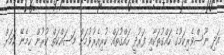
އަދި ނޫސްވެރިކަމުގެ ހައްގުތަކާއި ފަރުދީ ހައްގުތައް ކުރިއެރުވުމަށް މަސައްކަތް ކުރުން ހިމެނޭ ކަމަށް